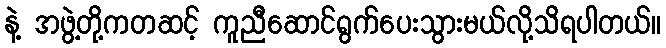
နဲ့ အဖွဲ့တို့ကတဆင့် ကူညီဆောင်ရွက်ပေးသွားမယ်လို့သိရပါတယ်။